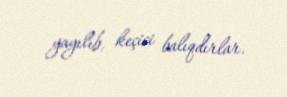
yayılıb, keçici balıqdırlar.